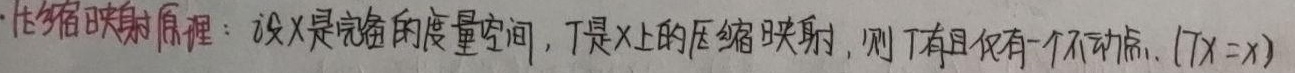
压缩映射原理：设 \(X\) 是完备的度量空间，\(T\) 是 \(X\) 上的压缩映射，则 \(T\) 有且仅有一个不动点 (\(Tx = x\)) 。